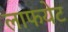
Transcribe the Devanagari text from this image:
लाफयेट